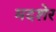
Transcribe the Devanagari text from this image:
मदशेर